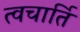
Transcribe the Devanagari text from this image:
त्वचार्ति